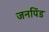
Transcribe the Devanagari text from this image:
जनपिंड